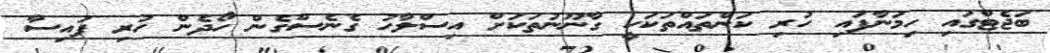
ބަޖެޓްގައި ހިމަނާފައި ހުރި ކަންތައްތަކަކީ ގާނޫނުތަކަށް އިސްލާހު ގެނެސްގެން ހޯދެން ހުރި ފައިސާ